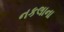
નકલાના